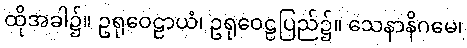
ထိုအခါ၌။ ဥရုဝေဠာယံ၊ ဥရုဝေဠပြည်၌။ သေနာနိဂမေ၊